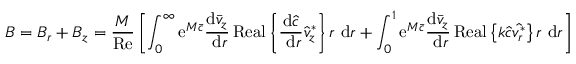
B = B _ { r } + B _ { z } = \frac { M } { \operatorname { R e } } \left[ \int _ { 0 } ^ { \infty } \mathrm { e } ^ { M \bar { c } } \frac { \mathrm { d } \bar { v } _ { z } } { \mathrm { ~ d } r } \operatorname { R e a l } \left\{ \frac { \mathrm { d } \hat { c } } { \mathrm { ~ d } r } \hat { v } _ { z } ^ { * } \right\} r \mathrm { ~ d } r + \int _ { 0 } ^ { 1 } \mathrm { e } ^ { M \bar { c } } \frac { \mathrm { d } \bar { v } _ { z } } { \mathrm { ~ d } r } \operatorname { R e a l } \left\{ k \hat { c } \hat { v _ { r } ^ { * } } \right\} r \mathrm { ~ d } r \right]